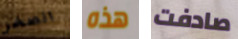
الصخر هذه صادفت